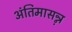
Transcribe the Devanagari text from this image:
अंतिमासन्ऩ